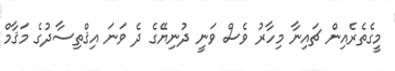
މީގެތެރެއިން ޗައިނާ މިހާރު ވެސް ވަނީ ދުނިޔޭގެ ދެ ވަނަ އިޤްތިސާދުގެ މަޤާމް